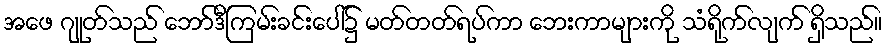
အဖေ ဂျုတ်သည် ဘော်ဒီကြမ်းခင်းပေါ်၌ မတ်တတ်ရပ်ကာ ဘေးကာများကို သံရိုက်လျက် ရှိသည်။